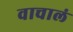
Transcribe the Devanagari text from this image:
वाचालं